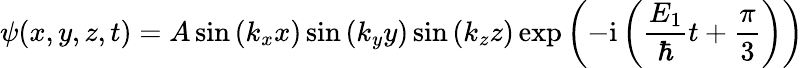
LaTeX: \psi(x,y,z,t)=A\sin\left(k_{x}x\right)\sin\left(k_{y}y\right)\sin\left(k_{z}z\right)\exp\left(-\mathrm{i}\left(\frac{E_{1}}{\hbar}t+\frac{\pi}3\right)\right)